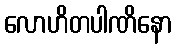
လောဟိတပါဏိနော